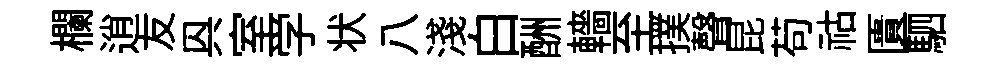
欄逍友㒷室学状八淺白酬轖至撲聲昆苟祜匱駟